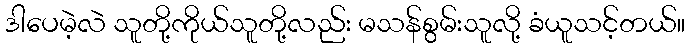
ဒါပေမဲ့လဲ သူတို့ကိုယ်သူတို့လည်း မသန်စွမ်းသူလို့ ခံယူသင့်တယ်။